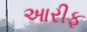
આરીફ